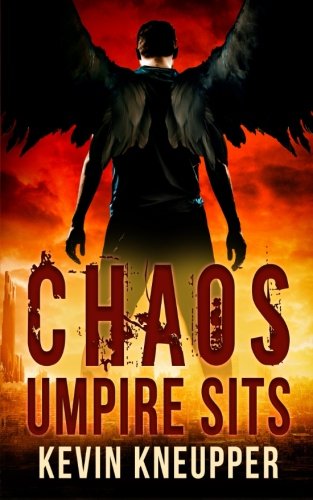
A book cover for Chaos Umpire Sits (They Who Fell) (Volume 2); Kevin Kneupper; Science Fiction & Fantasy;